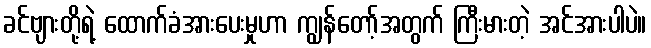
ခင်ဗျားတို့ရဲ့ ထောက်ခံအားပေးမှုဟာ ကျွန်တော့်အတွက် ကြီးမားတဲ့ အင်အားပါပဲ။